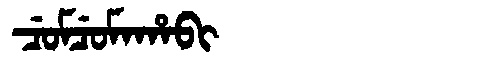
Manchu: ᠴᡠᠮᠴᡠᠮᠠᡥᠠᠪᡳ
Romanization: CUMCUMAHABI